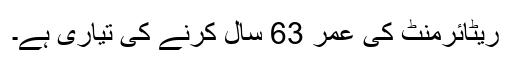
ریٹائرمنٹ کی عمر 63 سال کرنے کی تیاری ہے۔